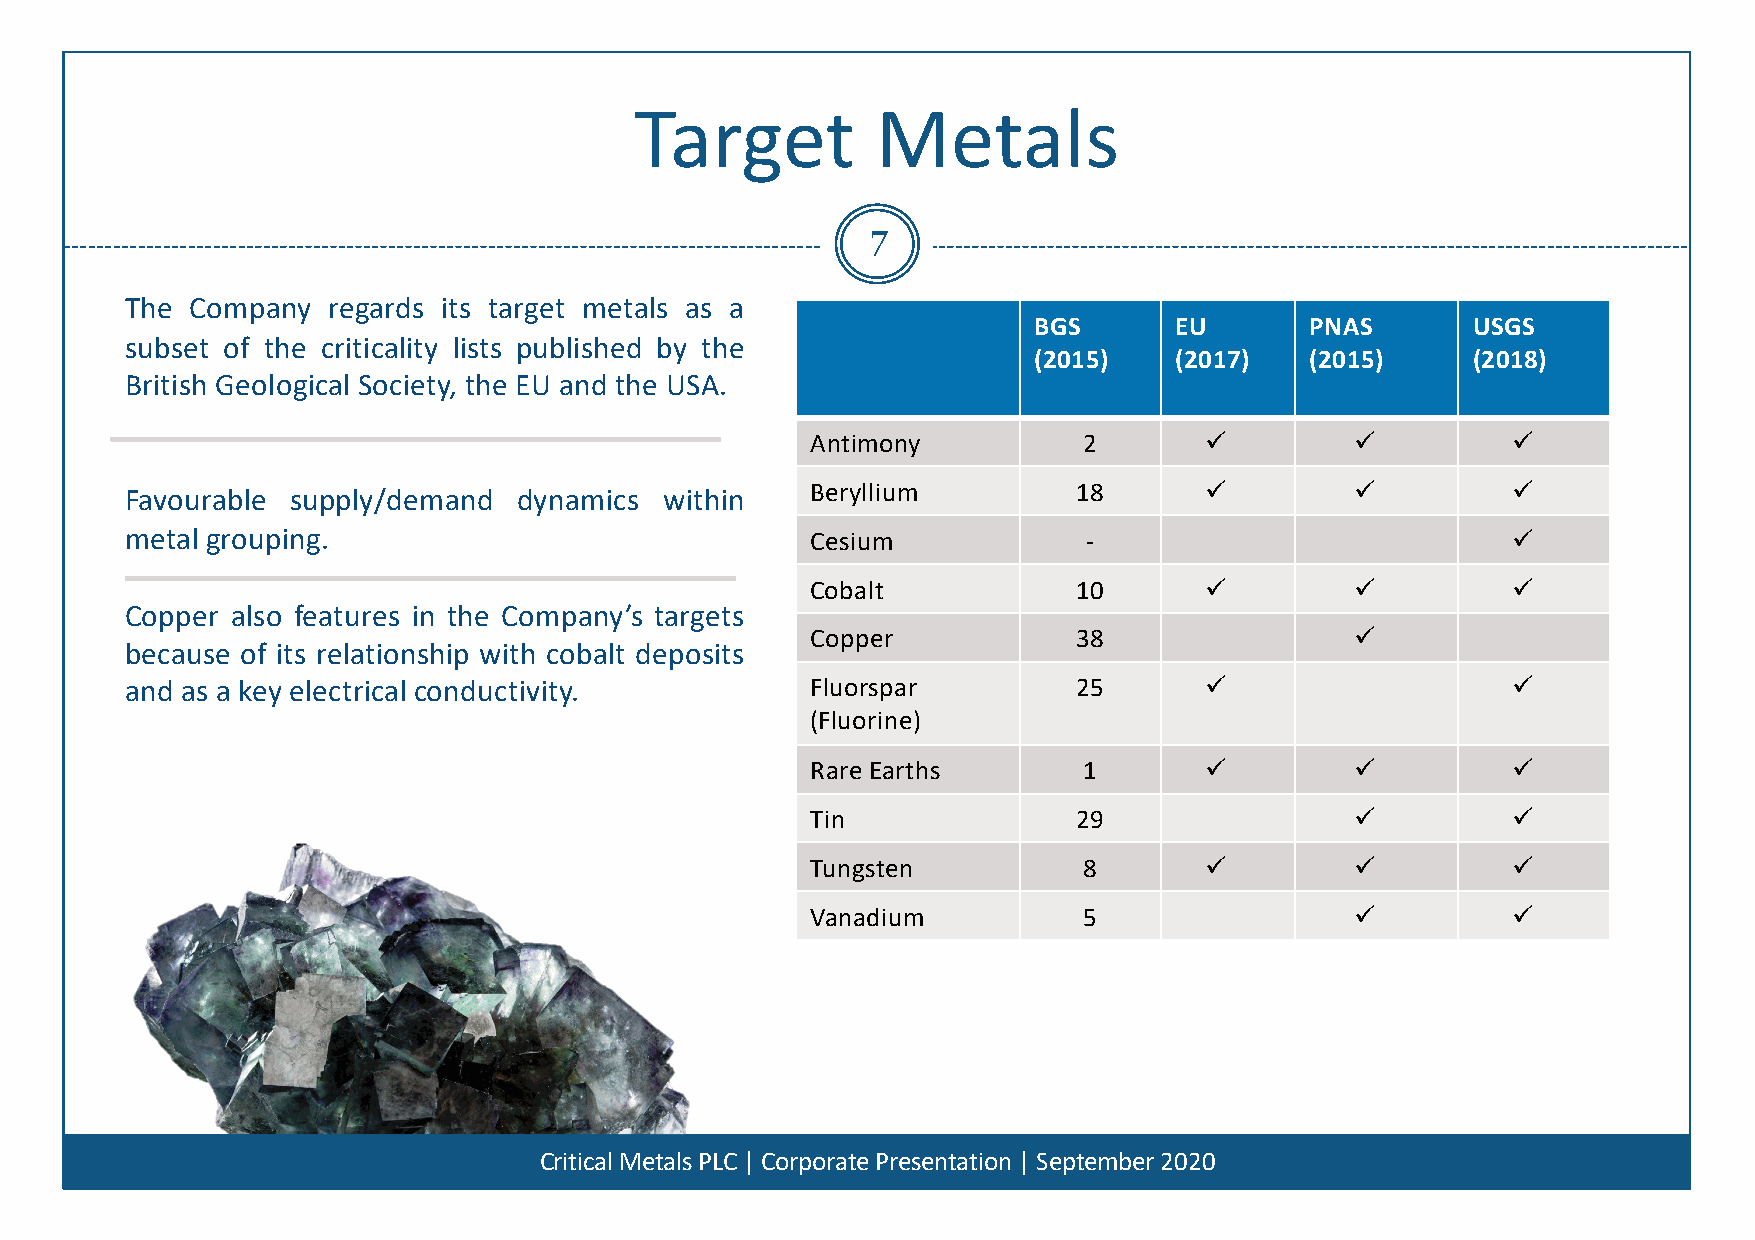
Target          Metals
 7
 The  Company  regards its target metals as a
 BGS       EU       PNAS      USGS
 subset of the criticality lists published by the
 (2015)    (2017)   (2015)    (2018)
 British Geological Society, the EU and the USA.
 Antimony          2       ü         ü         ü
 Favourable supply/demand  dynamics  within    Beryllium        18       ü         ü         ü
 metal grouping.                               Cesium            -                           ü
 Cobalt           10       ü         ü         ü
 Copper also features in the Company’s targets
 Copper           38                 ü
 because of its relationship with cobalt deposits
 and as a key electrical conductivity.         Fluorspar        25       ü                   ü
 (Fluorine)
 Rare Earths       1       ü         ü         ü
 Tin              29                 ü         ü
 Tungsten          8       ü         ü         ü
 Vanadium          5                 ü         ü
 Critical Metals PLC | Corporate Presentation | September 2020